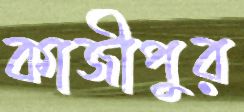
কাজীপুর